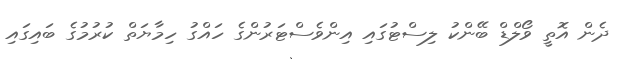
ދެން އޮތީ ވޯލްޑް ބޭންކު ލިސްޓުގައި އިންވެސްޓަރުންގެ ހައްގު ހިމާޔަތް ކުރުމުގެ ބައިގައި